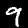
Digit: 9